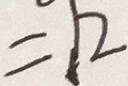
= 1 2